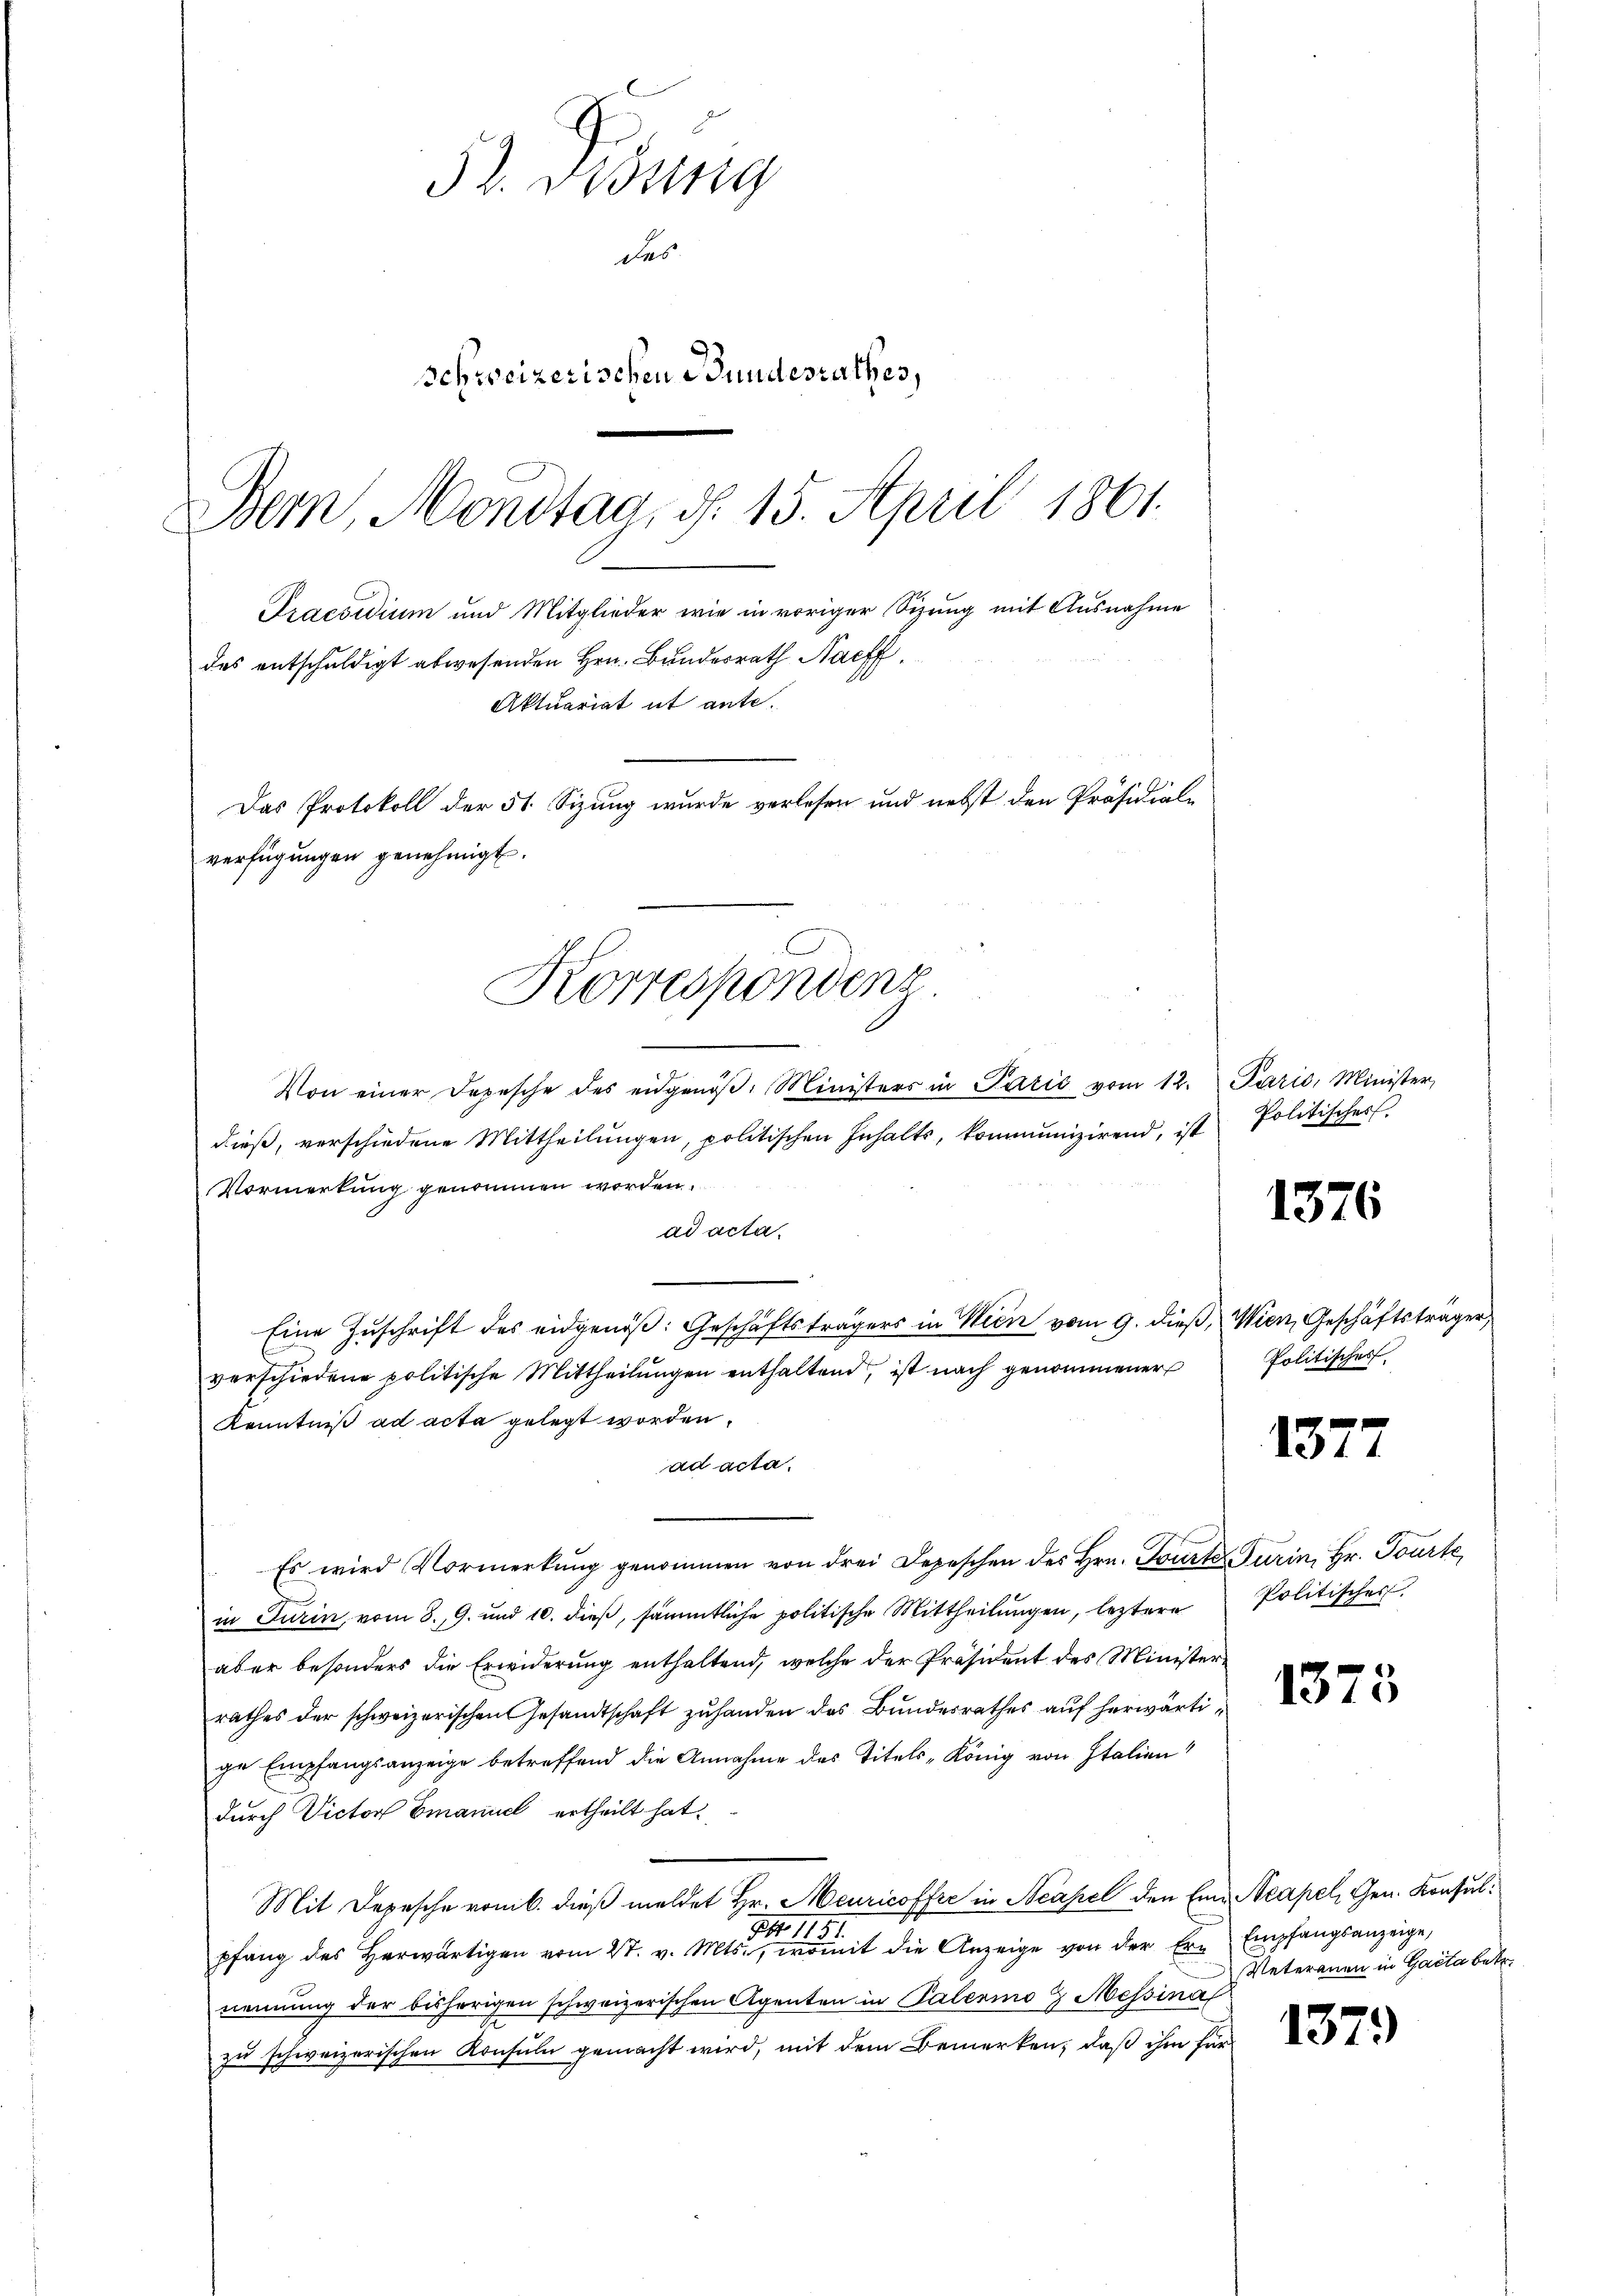
Korrespondenz
u

Von einer Depesche des eidgenöβ, Ministers in Pazić vom 12. Paris, Minister,
dieß, verschiedene Mittheilŭngen, politischen Inhalts, kommunizirend, ist Politischer
Vormerkung genommen worden.
ad acta.
Eine Zŭschrift des eidgenöβ: Geschäftsträgers in Wien vom 9. dieβ, Wien, Geschäftsträger
verschiedene politische Mittheilŭngen enthaltend, ist nach genommener Politischer
Kenntniß ad acta gelegt worden.
ad acta.
Es wird Vormerkŭng genommen von drei Depeschen des Hrn. Tourte Turin, Hr. Tourte
in Turin, vom 8. 9. und 10. dieß, sämmtliche politische Mittheilungen, leztere
aber besonders die Erwiderung enthaltend, welche der Präsident des Ministerrathes der schweizerischen Gesandtschaft zŭ handen des Bŭndesrathes aŭf herwärtige Empfangsanzeige betreffend die Annahme des Titels-König von Italien
durch Victor Emanuel ertheilt hat.
Mit Depesche vom b. dieß meldet Hr. Meuricoffre in Neapel den Ein Neapel Gen. Konsuls
775.
pfang des herwärtigen vom 27. v. Mts., womit die Anzeige von der Er- Empfangsanzeige,
nennung der bisherigen schweizerischen Agenten in Palermo 9 Messina
zu schweizerischen Konsuln gemacht wird, mit dem Bemerken, daß ihm für

52. Bösig
des
schweizerischen Bundesrathes,
Bern, Montag, d. 15. April 1801.
Praesidium und Mitglieder wie in voriger Sizung mit Ausnahme
das entschuldigt abwesenden Hrn. Bundesrath Nachf
Aktuariat it ante.
Das Protokoll der 51 Sizung wurde verlesen und nebst den Präsidiale
verfügŭngen genehmigt.

1376

137

7

Politischer.

1373

Veterauen in Gacta betr.

1379